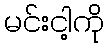
မင်းငါ့ကို